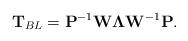
LaTeX: \begin{align*}\mathbf{T}_{BL}=\mathbf{P}^{-1}\mathbf{W\Lambda }\mathbf{W}^{-1}\mathbf{P}.\end{align*}